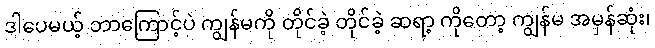
ဒါပေမယ့် ဘာကြောင့်ပဲ ကျွန်မကို တိုင်ခဲ့ တိုင်ခဲ့ ဆရာ့ ကိုတော့ ကျွန်မ အမှန်ဆုံး၊